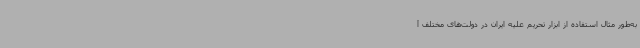
به‌طور مثال استفاده از ابزار تحریم علیه ایران در دولت‌های مختلف آ